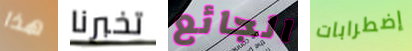
هذا تخبرنا الجائع إضطرابات